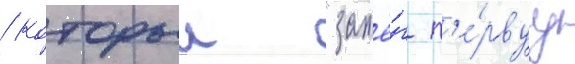
/ которыи "зажё́г п'е́рвуу